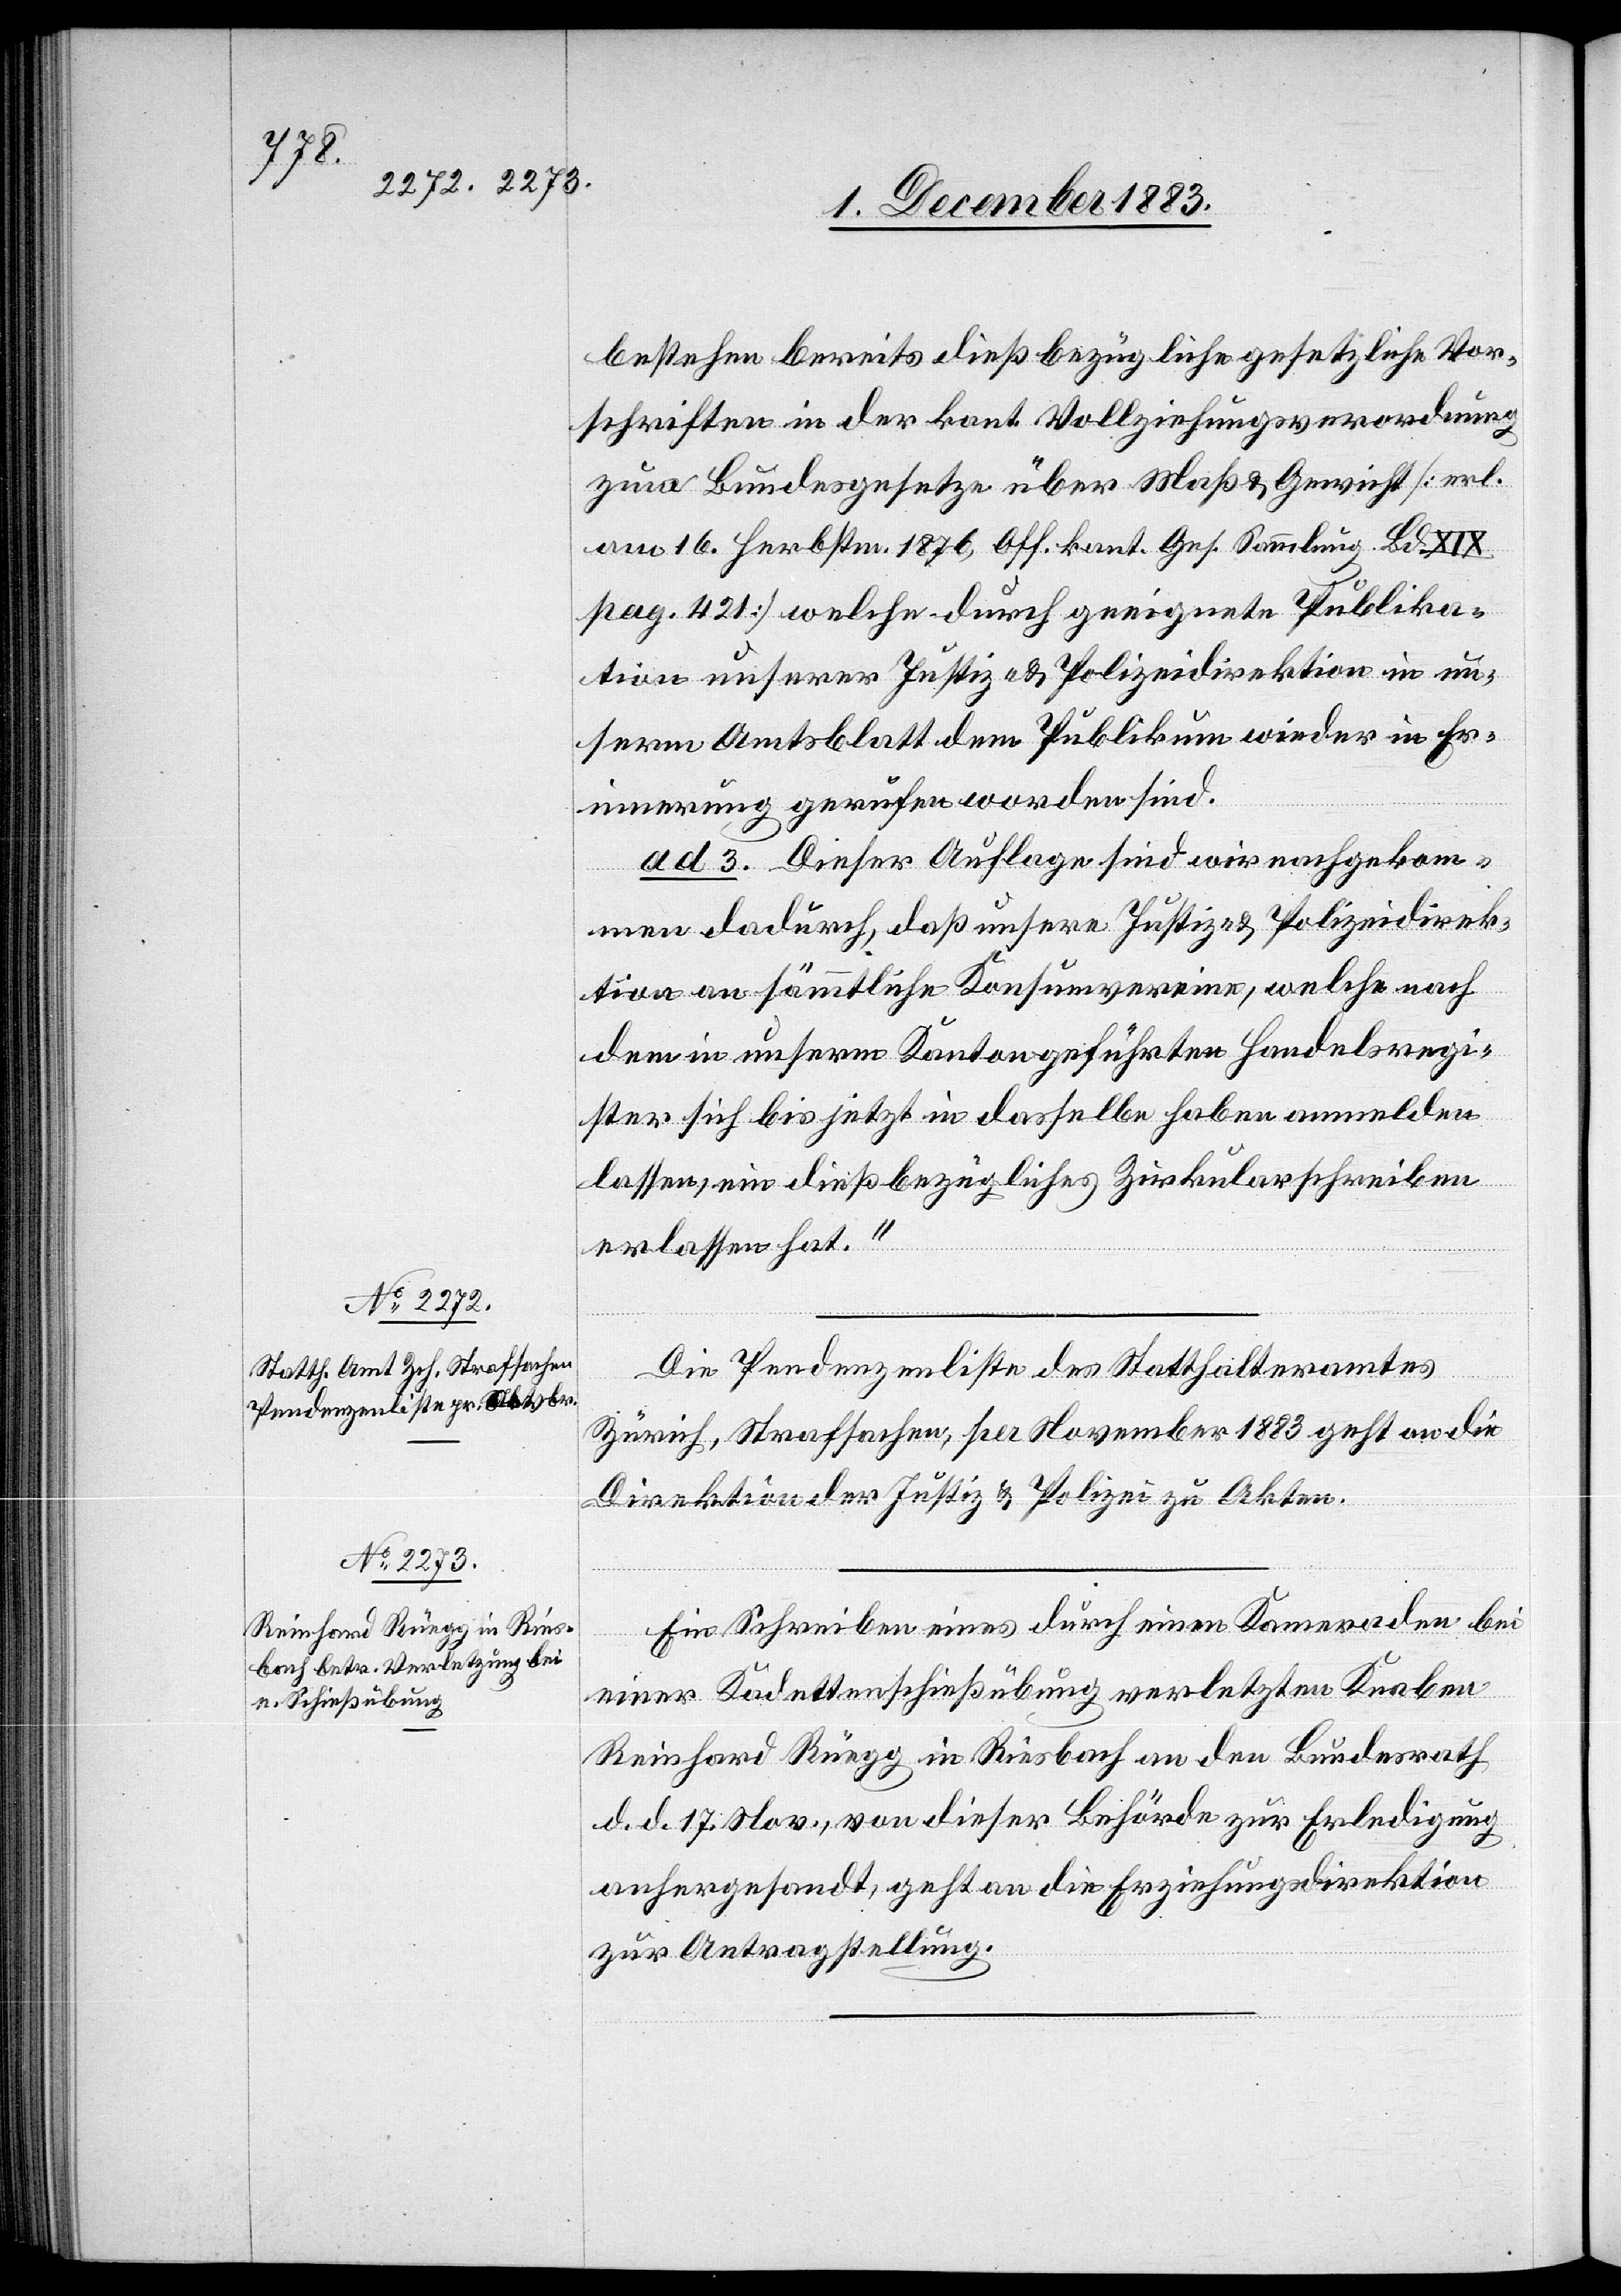
bestehen bereits dießbezügliche gesetzliche Vor¬
schriften in der kant. Vollziehungsverordnung
zum Bundesgesetze über Maß & Gewicht [erl.
am 16. Herbstm. 1876, Off. kant. Ges. Sammlung Bd. XIX
pag. 421] welche durch geeignete Publika¬
tion unserer Justiz- & Polizeidirektion in un¬
serm Amtsblatt dem Publikum wieder in Er¬
innerung gerufen worden sind.
Ad 3. Dieser Auflage sind wir nachgekom¬
men dadurch, daß unsere Justiz- & Polizeidirek¬
tion an sämmtliche Konsumvereine, welche nach
dem in unserm Kanton geführten Handelsregi¬
ster sich bis jetzt in dasselbe haben anmelden
lassen, ein dieß bezügliches Zirkularschreiben
erlassen hat.“
Die Pendenzenliste des Statthalteramtes
Zürich, Strafsachen, per November 1883 geht an die
Direktion der Justiz & Polizei zu Akten.
Ein Schreiben eines durch einen Kameraden bei
einer Kadettenschießübung verletzten Knaben
Reinhard Rüegg in Riesbach an den Bundesrath
d. d. 17. Nov., von dieser Behörde zur Erledigung
anhergesandt, geht an die Erziehungsdirektion
zur Antragstellung.